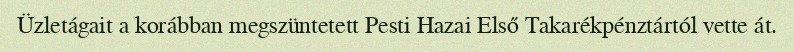
Üzletágait a korábban megszüntetett Pesti Hazai Első Takarékpénztártól vette át.